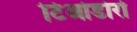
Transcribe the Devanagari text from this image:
टिओडोरो